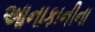
આનાકાનીના